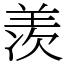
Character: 羡